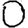
Digit: 0